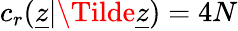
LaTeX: c_{r}(\underline{{z}}|\Tilde{\underline{{z}}})=4N